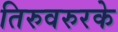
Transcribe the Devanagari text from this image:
तिरुवरुरके